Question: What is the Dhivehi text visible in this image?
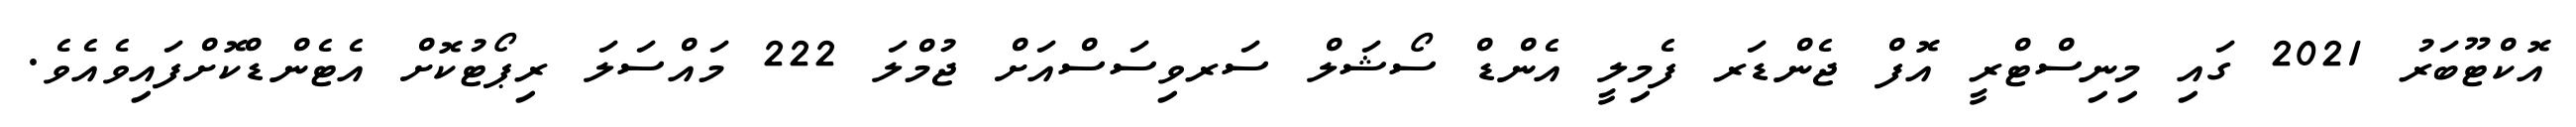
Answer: އޮކްޓޫބަރު 2021 ގައި މިނިސްޓްރީ އޮފް ޖެންޑަރ ފެމިލީ އެންޑް ސޯޝަލް ސަރވިސަސްއަށް ޖުމްލަ 222 މައްސަލަ ރިޕޯޓުކޮށް އެޓެންޑްކޮށްފައިވެއެވެ.